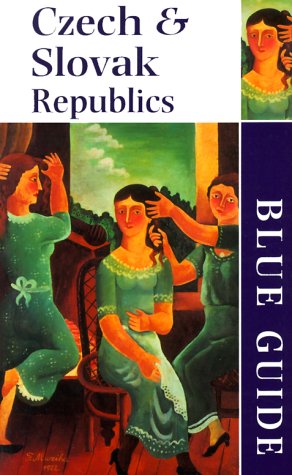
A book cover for Blue Guide The Czech & Slovak Republics (Second Edition)  (Blue Guides); Michael Jacobs; Travel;